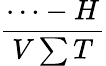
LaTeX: \frac{\cdots-H}{V\sum T}